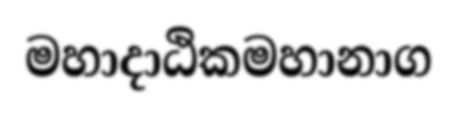
මහාදාඨිකමහානාග